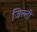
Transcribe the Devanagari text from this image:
जिल्ली